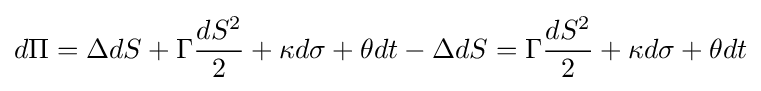
d\Pi =\Delta dS+\Gamma {\frac {dS^{2}}{2}}+\kappa d\sigma +\theta dt-\Delta dS=\Gamma {\frac {dS^{2}}{2}}+\kappa d\sigma +\theta dt